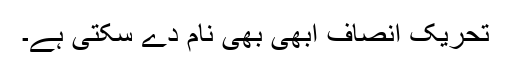
تحریک انصاف ابھی بھی نام دے سکتی ہے۔